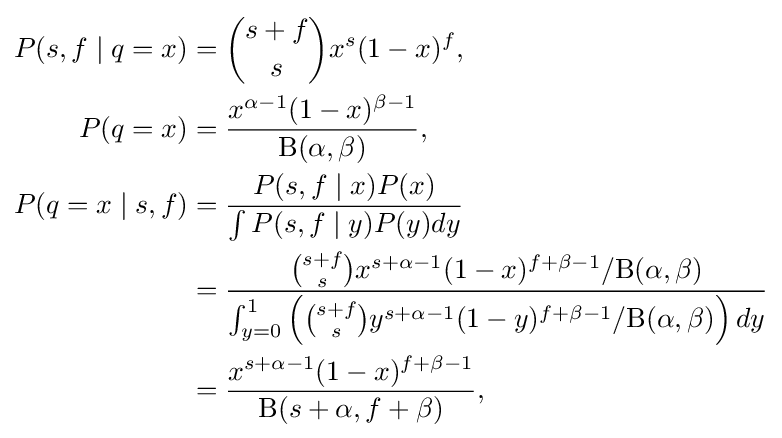
{\begin{aligned}P(s,f\mid q=x)&={s+f \choose s}x^{s}(1-x)^{f},\\P(q=x)&={x^{\alpha -1}(1-x)^{\beta -1} \over \mathrm {B} (\alpha ,\beta )},\\P(q=x\mid s,f)&={\frac {P(s,f\mid x)P(x)}{\int P(s,f\mid y)P(y)dy}}\\&={{{s+f \choose s}x^{s+\alpha -1}(1-x)^{f+\beta -1}/\mathrm {B} (\alpha ,\beta )} \over \int _{y=0}^{1}\left({s+f \choose s}y^{s+\alpha -1}(1-y)^{f+\beta -1}/\mathrm {B} (\alpha ,\beta )\right)dy}\\&={x^{s+\alpha -1}(1-x)^{f+\beta -1} \over \mathrm {B} (s+\alpha ,f+\beta )},\end{aligned}}